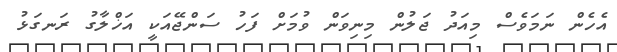
އެހެން ނަމަވެސް މިއަދު ޖަލުން މިނިވަން ވުމަށް ފަހު ސަންޖޭއަކީ އަޚްލާގު ރަނގަޅު